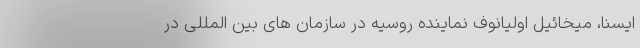
ایسنا، میخائیل اولیانوف نماینده روسیه در سازمان های بین المللی در